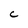
Character: C